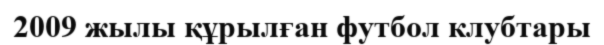
2009 жылы құрылған футбол клубтары